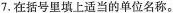
7.在括号里填上适当的单位名称。